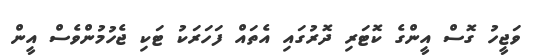
ވަޖީހު ގޮސް އީންގެ ކޮޓަރި ދޮރުގައި އެތައް ފަހަރަކު ޓަކި ޖެހުމުންވެސް އީން